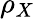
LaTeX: \rho_{X}